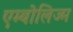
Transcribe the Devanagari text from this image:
एम्बोलिज्म